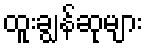
ထူးချွန်ဆုများ